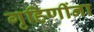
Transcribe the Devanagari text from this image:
गृहिणींना